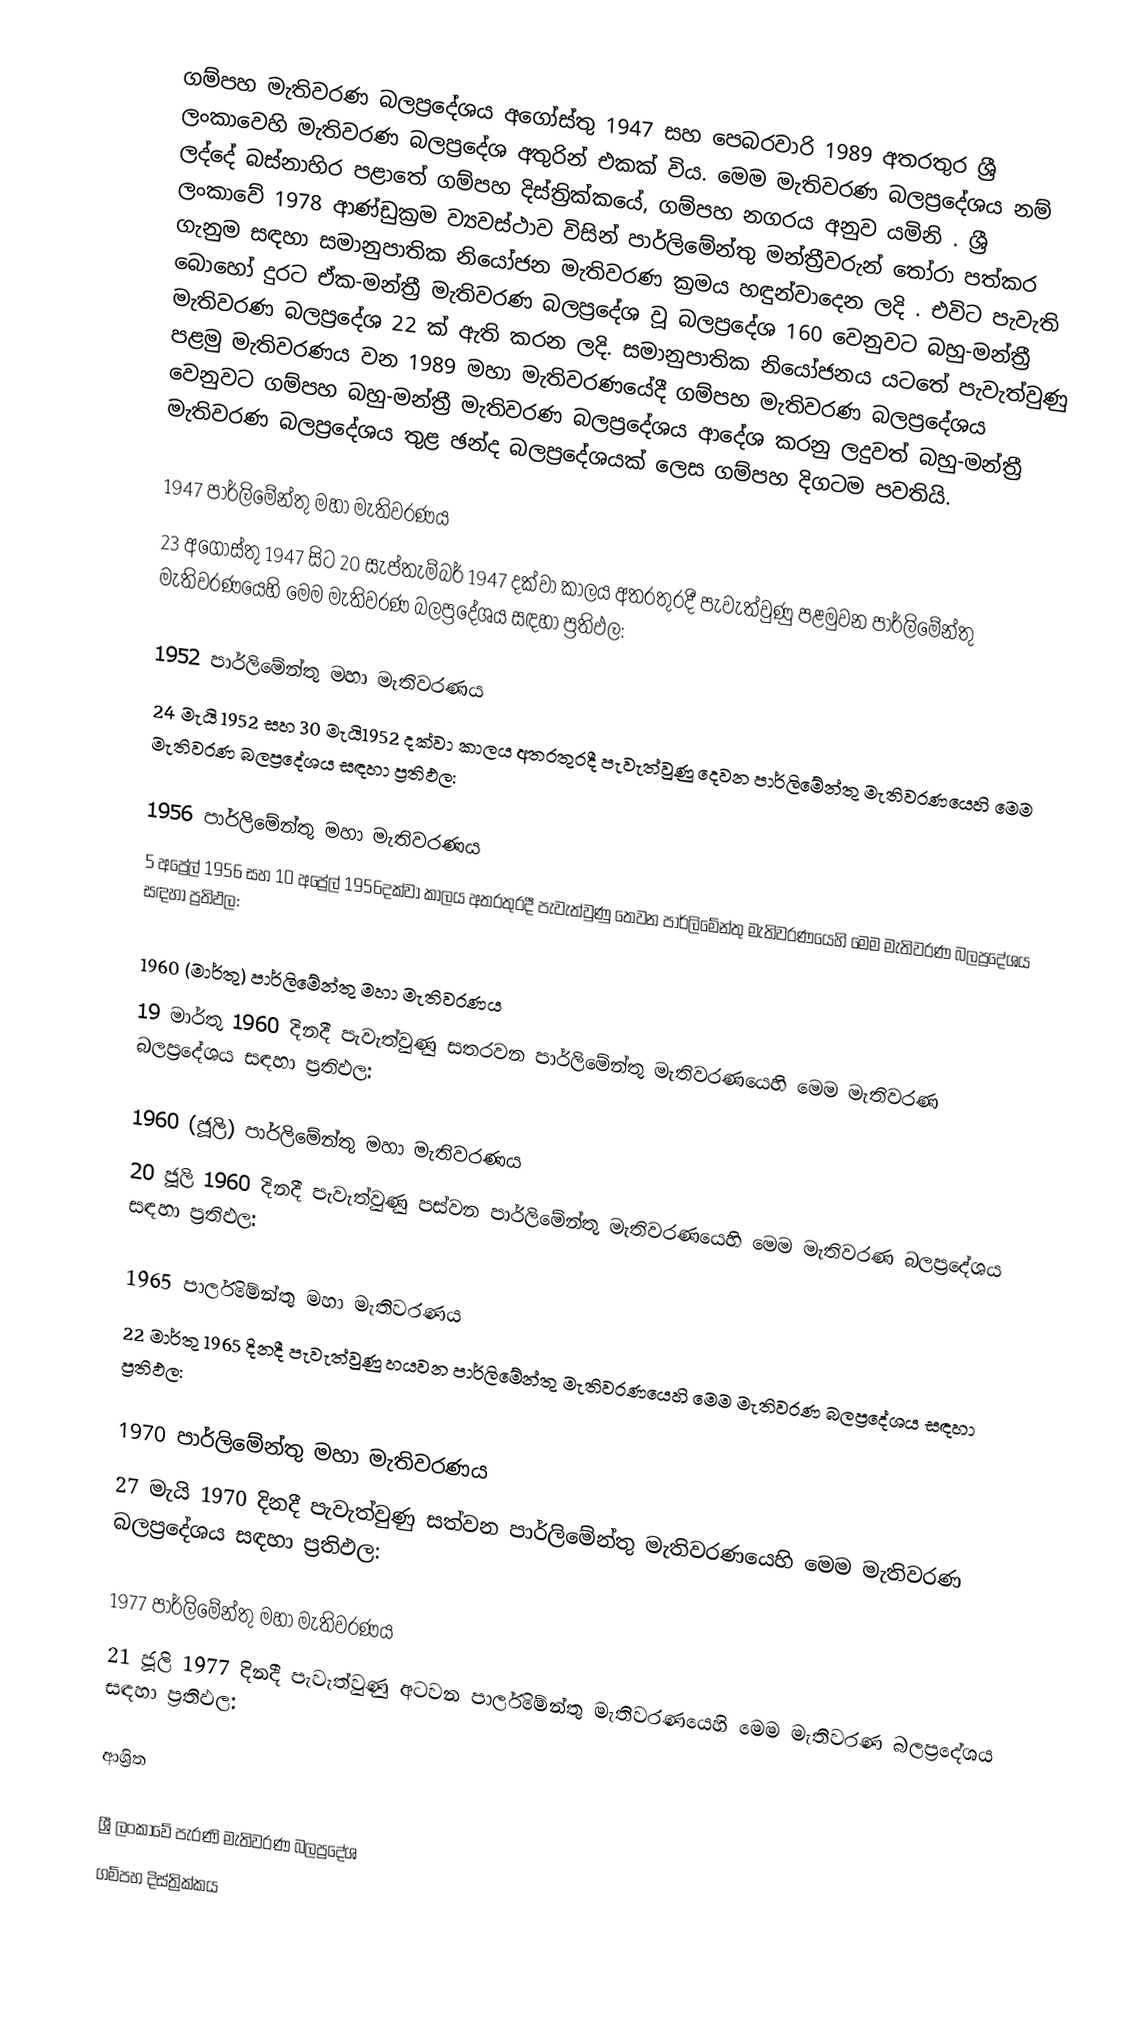
ගම්පහ මැතිවරණ බලප්‍රදේශය  අගෝස්තු 1947 සහ පෙබරවාරි 1989 අතරතුර  ශ්‍රී ලංකාවෙහි  මැතිවරණ බලප්‍රදේශ අතුරින් එකක් විය. මෙම මැතිවරණ බලප්‍රදේශය නම් ලද්දේ  බස්නාහිර පළාතේ  ගම්පහ දිස්ත්‍රික්කයේ,  ගම්පහ නගරය අනුව යමිනි . ශ්‍රී ලංකාවේ 1978 ආණ්ඩුක්‍රම ව්‍යවස්ථාව විසින්   පාර්ලිමේන්තු මන්ත්‍රීවරුන් තෝරා පත්කර ගැනුම සඳහා සමානුපාතික නියෝජන මැතිවරණ ක්‍රමය හඳුන්වාදෙන ලදි . එවිට පැවැති බොහෝ දුරට  ඒක-මන්ත්‍රී මැතිවරණ බලප්‍රදේශ වූ බලප්‍රදේශ 160 වෙනුවට බහු-මන්ත්‍රී මැතිවරණ බලප්‍රදේශ 22 ක් ඇති කරන ලදි. සමානුපාතික නියෝජනය යටතේ පැවැත්වුණු පළමු මැතිවරණය වන 1989 මහා මැතිවරණයේදී  ගම්පහ මැතිවරණ බලප්‍රදේශය වෙනුවට  ගම්පහ බහු-මන්ත්‍රී මැතිවරණ බලප්‍රදේශය  ආදේශ කරනු ලදුවත් බහු-මන්ත්‍රී මැතිවරණ බලප්‍රදේශය තුළ ඡන්ද බලප්‍රදේශයක් ලෙස ගම්පහ දිගටම පවතියි.

1947 පාර්ලිමේන්තු මහා මැතිවරණය
23 අගෝස්තු 1947 සිට 20 සැප්තැම්බර් 1947 දක්වා කාලය අතරතුරදී පැවැත්වුණු  පළමුවන පාර්ලිමේන්තු මැතිවරණයෙහි මෙම මැතිවරණ බලප්‍රදේශය සඳහා ප්‍රතිඵල:

1952 පාර්ලිමේන්තු මහා මැතිවරණය
24 මැයි 1952 සහ 30 මැයි1952 දක්වා කාලය අතරතුරදී පැවැත්වුණු  දෙවන පාර්ලිමේන්තු මැතිවරණයෙහි මෙම මැතිවරණ බලප්‍රදේශය සඳහා ප්‍රතිඵල:

1956 පාර්ලිමේන්තු මහා මැතිවරණය
5 අප්‍රේල් 1956 සහ 10 අප්‍රේල් 1956දක්වා කාලය අතරතුරදී පැවැත්වුණු  තෙවන පාර්ලිමේන්තු මැතිවරණයෙහි මෙම මැතිවරණ බලප්‍රදේශය සඳහා ප්‍රතිඵල:

1960 (මාර්තු) පාර්ලිමේන්තු මහා මැතිවරණය
19 මාර්තු 1960 දිනදී පැවැත්වුණු  සතරවන පාර්ලිමේන්තු මැතිවරණයෙහි මෙම මැතිවරණ බලප්‍රදේශය සඳහා ප්‍රතිඵල:

1960 (ජූලි) පාර්ලිමේන්තු මහා මැතිවරණය
20 ජූලි 1960 දිනදී පැවැත්වුණු  පස්වන පාර්ලිමේන්තු මැතිවරණයෙහි මෙම මැතිවරණ බලප්‍රදේශය සඳහා ප්‍රතිඵල:

1965 පාර්ලිමේන්තු මහා මැතිවරණය
22 මාර්තු 1965  දිනදී පැවැත්වුණු  හයවන පාර්ලිමේන්තු මැතිවරණයෙහි මෙම මැතිවරණ බලප්‍රදේශය සඳහා ප්‍රතිඵල:

1970 පාර්ලිමේන්තු මහා මැතිවරණය
27 මැයි 1970 දිනදී පැවැත්වුණු  සත්වන පාර්ලිමේන්තු මැතිවරණයෙහි මෙම මැතිවරණ බලප්‍රදේශය සඳහා ප්‍රතිඵල:

1977 පාර්ලිමේන්තු මහා මැතිවරණය
21 ජූලි 1977 දිනදී පැවැත්වුණු  අටවන පාර්ලිමේන්තු මැතිවරණයෙහි මෙම මැතිවරණ බලප්‍රදේශය සඳහා ප්‍රතිඵල:

ආශ්‍රිත

ශ්‍රී ලංකාවේ පැරණි මැතිවරණ බලප්‍රදේශ
 ගම්පහ දිස්ත්‍රික්කය